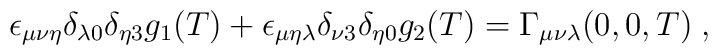
\epsilon_{\mu\nu\eta}\delta_{\lambda 0}\delta_{\eta 3}g_1(T)+\epsilon_{\mu\eta\lambda}\delta_{\nu 3}\delta_{\eta 0}g_2(T)=\Gamma_{\mu\nu\lambda}(0,0,T)\;,